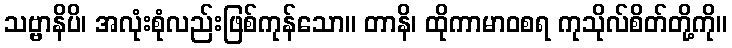
သဗ္ဗာနိပိ၊ အလုံးစုံလည်းဖြစ်ကုန်သော။ တာနိ၊ ထိုကာမာဝစရ ကုသိုလ်စိတ်တို့ကို။